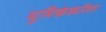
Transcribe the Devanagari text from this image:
भूमिकेकरिता